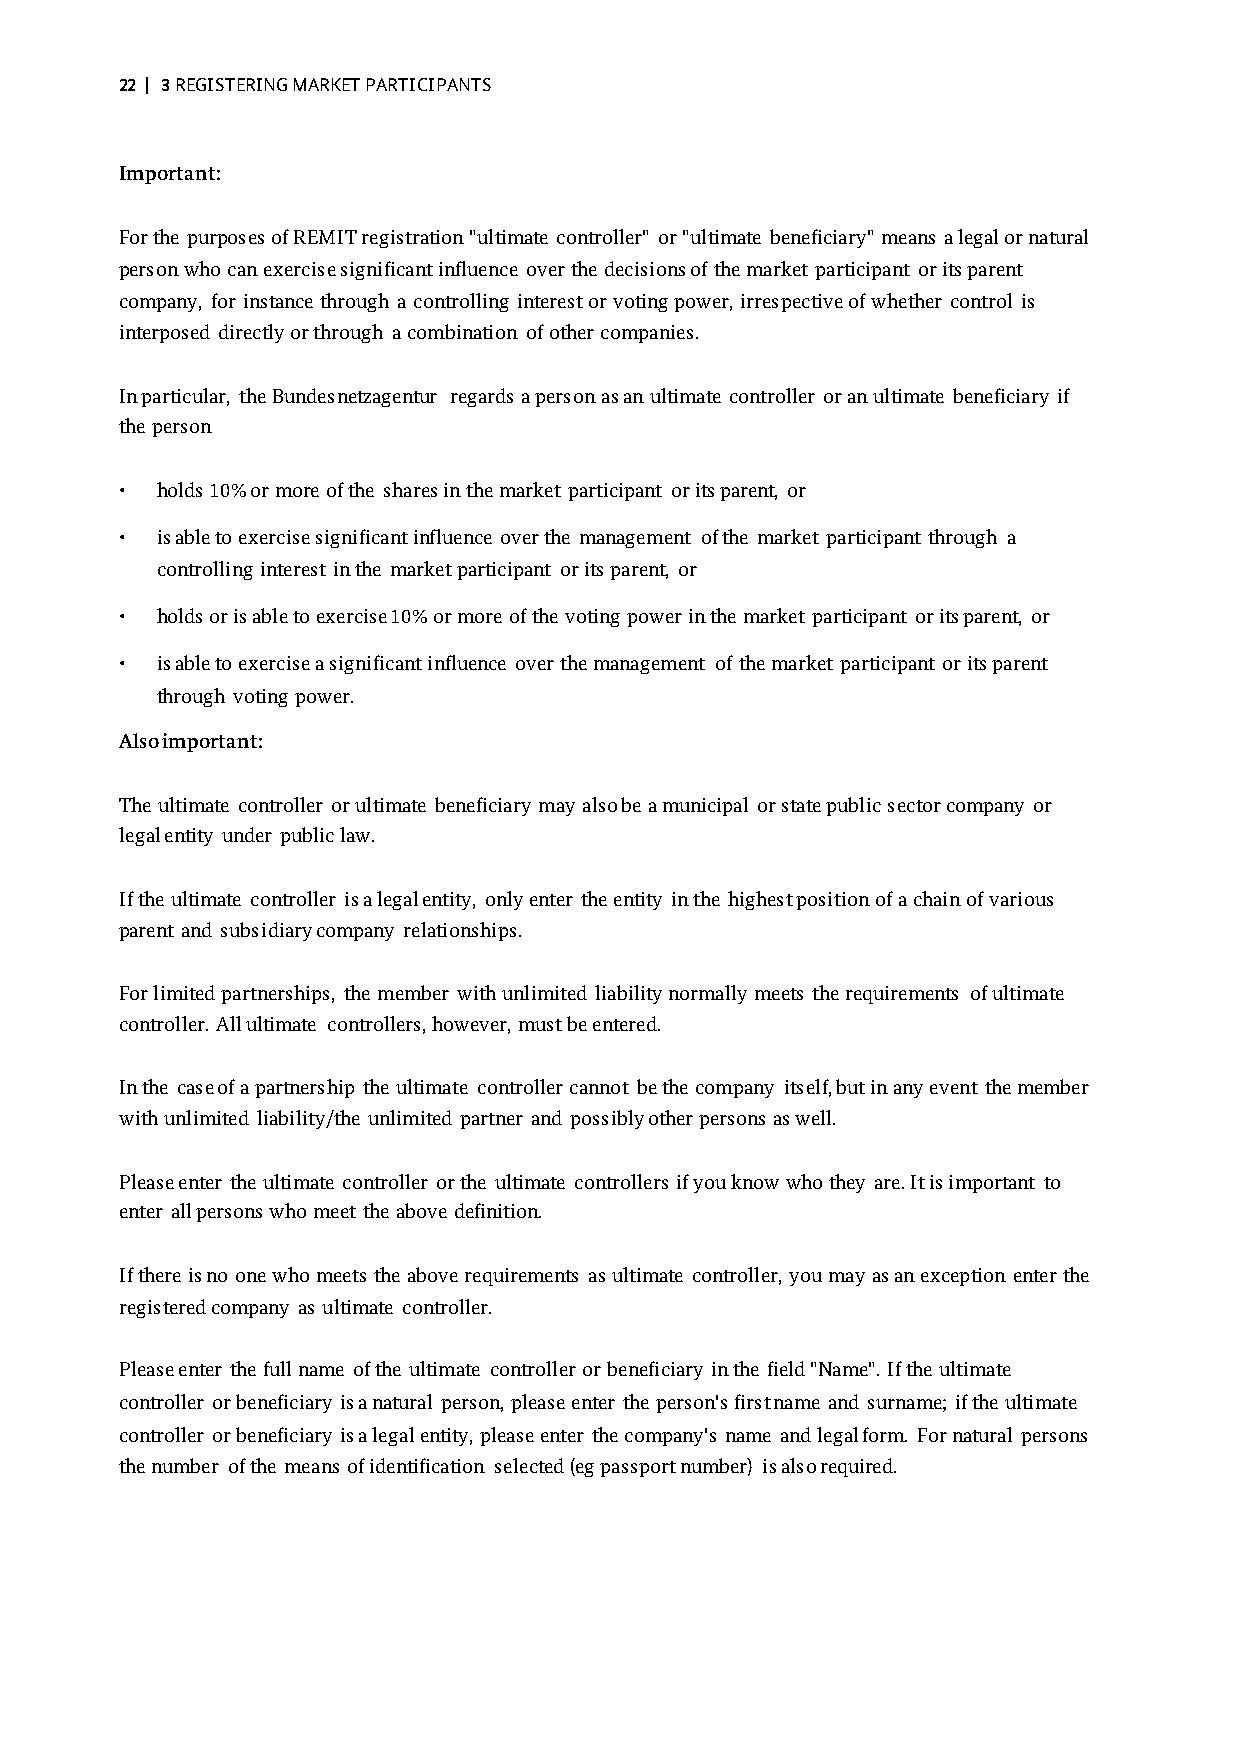
22 | 3 REGISTERING MARKET PARTICIPANTS
 Important:
 For the purposes of REMIT registration "ultimate controller" or "ultimate beneficiary" means a legal or natural
 person who can exercise significant influence over the decisions of the market participant or its parent
 company, for instance through a controlling interest or voting power, irrespective of whether control is
 interposed directly or through a combination of other companies.
 In particular, the Bundesnetzagentur regards a person as an ultimate controller or an ultimate beneficiary if
 the person
 • holds 10% or more of the shares in the market participant or its parent, or
 • is able to exercise significant influence over the management of the market participant through a
 controlling interest in the market participant or its parent, or
 • holds or is able to exercise 10% or more of the voting power in the market participant or its parent, or
 • is able to exercise a significant influence over the management of the market participant or its parent
 through voting power.
 Also important:
 The ultimate controller or ultimate beneficiary may also be a municipal or state public sector company or
 legal entity under public law.
 If the ultimate controller is a legal entity, only enter the entity in the highest position of a chain of various
 parent and subsidiary company relationships.
 For limited partnerships, the member with unlimited liability normally meets the requirements of ultimate
 controller. All ultimate controllers, however, must be entered.
 In the case of a partnership the ultimate controller cannot be the company itself, but in any event the member
 with unlimited liability/the unlimited partner and possibly other persons as well.
 Please enter the ultimate controller or the ultimate controllers if you know who they are. It is important to
 enter all persons who meet the above definition.
 If there is no one who meets the above requirements as ultimate controller, you may as an exception enter the
 registered company as ultimate controller.
 Please enter the full name of the ultimate controller or beneficiary in the field "Name". If the ultimate
 controller or beneficiary is a natural person, please enter the person's first name and surname; if the ultimate
 controller or beneficiary is a legal entity, please enter the company's name and legal form. For natural persons
 the number of the means of identification selected (eg passport number) is also required.